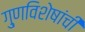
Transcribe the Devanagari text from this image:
गु्णविशेषांची